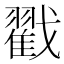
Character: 戳